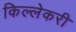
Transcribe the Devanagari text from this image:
किल्लेकरी